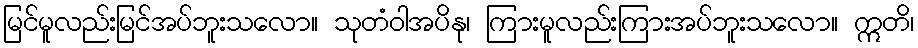
မြင်မူလည်းမြင်အပ်ဘူးသလော။ သုတံဝါအပိနု၊ ကြားမူလည်းကြားအပ်ဘူးသလော။ ဣတိ၊